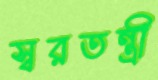
স্বরতন্ত্রী